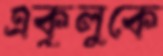
একুলুকে